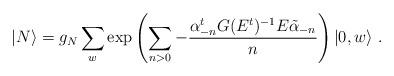
LaTeX: \begin{align*}|N\rangle=g_{N}\sum_{w}\exp\left(\sum_{n>0}-\frac{\alpha_{-n}^{t}G(E^{t})^{-1}E\tilde{\alpha}_{-n}}{n}\right)|0,w\rangle\ .\end{align*}